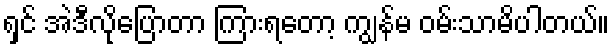
ရှင် အဲဒီလိုပြောတာ ကြားရတော့ ကျွန်မ ဝမ်းသာမိပါတယ်။